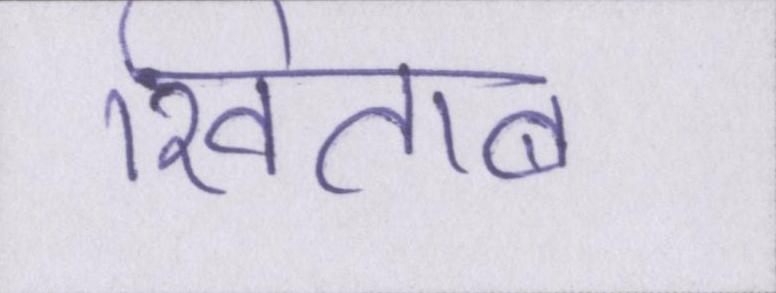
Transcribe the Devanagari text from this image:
खिताब